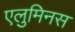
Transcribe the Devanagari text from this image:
एलुमिनस